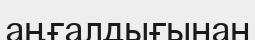
аңғалдығынан